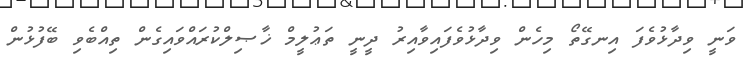
ވަނީ ވިދާޅުވެފަ އިނގޭތޯ މިހެން ވިދާޅުވެފައިވާއިރު ދީނީ ތަޢުލީމް ޚާޞިލްކުރައްވައިގެން ތިއްބެވި ބޭފުޅުން